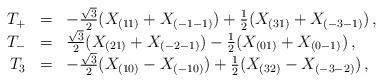
LaTeX: \begin{align*}\begin{array}{rcl}T_+ &=& -{\sqrt 3\over2}(X_{(11)}+X_{(-1-1)})+{1\over 2}(X_{(31)}+X_{(-3-1)})\,, \\T_- &=& {\sqrt3\over 2}(X_{(21)}+X_{(-2-1)})-{1\over2}(X_{(01)}+X_{(0-1)})\,, \\T_3 &=& -{\sqrt{3}\over 2}(X_{(10)}-X_{(-10)})+{1\over2}(X_{(32)}-X_{(-3-2)})\,, \end{array}\end{align*}